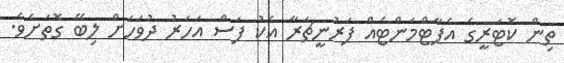
ތިން ކޮޓަރީގެ އެޕާޓްމަންޓެއް ފަރުނީޗަރާ އެކު ފަސް އަހަރު ދުވަހަށް ލިބޭ ގޮތަށެވެ.